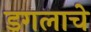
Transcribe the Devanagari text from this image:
डगलाचे